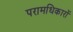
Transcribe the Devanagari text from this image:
परामधिकारों